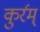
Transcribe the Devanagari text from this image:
कुर्रम्